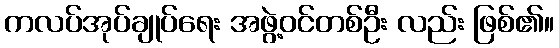
ကလပ်အုပ်ချုပ်ရေး အဖွဲ့ဝင်တစ်ဦး လည်း ဖြစ်၏။